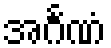
အင်္ဂဏံ